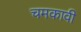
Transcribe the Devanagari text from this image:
चमकावी